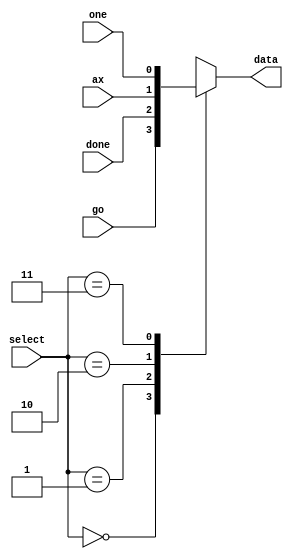
//
//
//  an 4 to 1 multiplexer that determens if the next state is NSF or NST.
//  used in the Two-Address Microcode Control Unit
//
//  Made by. Saad Al-Jehani [1935151] 
//  Feb 11th, 2023
//
//

module MUX4_1(
	 input     [1:0] select,
	 output reg   data,
	 input  go,
	 input  done,
	 input  ax,
	 input  one
	 
	 
);


always @(*)
     case(select)
        2'b00: data = go;
		  2'b01: data = done;
		  2'b10: data = ax;
		  2'b11: data = one;


     endcase


endmodule